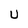
Character: U